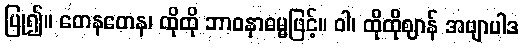
ပြု၍။ တေနတေန၊ ထိုထို ဘာဝနာဓမ္မဖြင့်။ ဝါ၊ ထိုထိုဈာန် အဗျာပါဒ